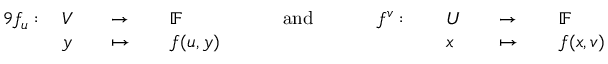
{ \begin{array} { r l r l r l r l r l r l r l r l } { { 9 } f _ { u } : \, } & { V } & & { \to \, } & & { \mathbb { F } } & & { \quad { \mathrm { ~ a n d ~ } } \quad } & & { f ^ { v } : \, } & & { U } & & { \to \, } & & { \mathbb { F } } \\ & { y } & & { \mapsto \, } & & { f ( u , y ) } & & { } & & { } & & { x } & & { \mapsto \, } & & { f ( x , v ) } \end{array} }